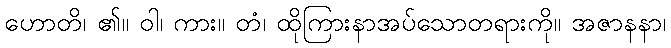
ဟောတိ၊ ၏။ ဝါ၊ ကား။ တံ၊ ထိုကြားနာအပ်သောတရားကို။ အဇာနနာ၊